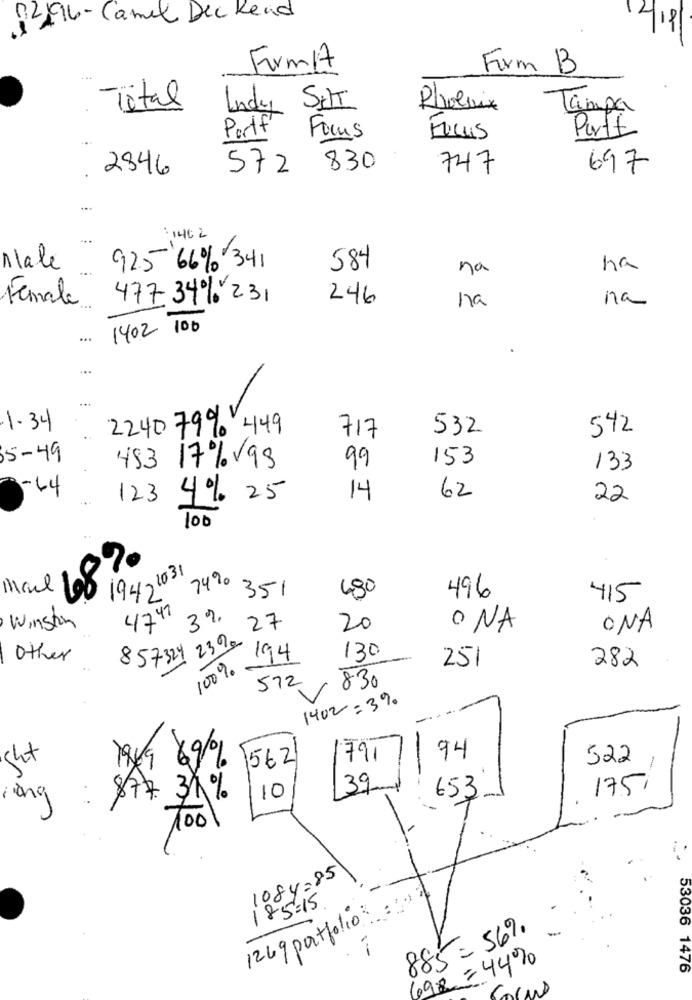
:2416- Camel Deckend
12/19
Frm/A
Firm B
Total
Indy SHIT
Phoenix
Tampa
Focus
Porft
Portf
Focus
2846
572
830
747
697
...
:1462
Male
925 66% 341
584
na
ha
Female
477 34% 231
246
na
na
1402 100
...
...
1.34
2240 799 449
532
542
717
5-49
493 17%/99
153
99
133
-44
123 4% 25
14
62
22
100
4.8%
19421031
74%
Mail
490
351
496
415
4741
Winston
3%
239, 27
20
ONA
ONA
100% 194
Other
857324
130
251
282
572
830
1402 =39.
1562
791
94
522
ght
199 69%
-
10
39
175
iing :
$77. 31%
653
100
1084=85
185=15
1269 portfolio
885= 569
692 = 44%
53036 1476